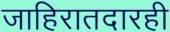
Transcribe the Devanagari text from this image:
जाहिरातदारही